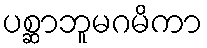
ပစ္ဆာဘူမဂမိကာ